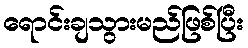
ရောင်းချသွားမည်ဖြစ်ပြီး